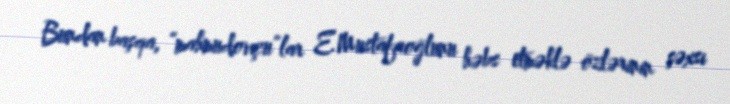
Bundan başqa, “mahmudovçu”lar E.Mustafaoğlunu həbs etməklə özlərinin şəxsi